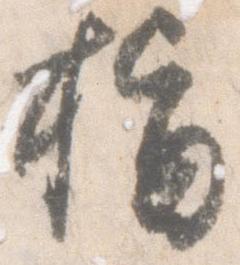
指